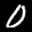
Label: 0